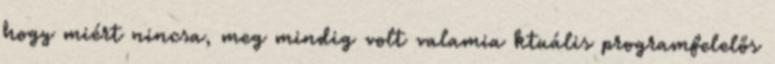
hogy miért nincsa, meg mindig volt valamia ktuális programfelelős